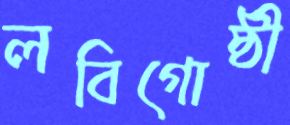
লবিগোষ্ঠী